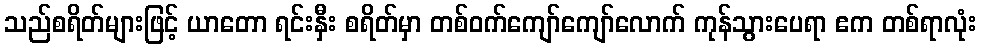
သည်စရိတ်များဖြင့် ယာတော ရင်းနှီး စရိတ်မှာ တစ်ဝက်ကျော်ကျော်လောက် ကုန်သွားပေရာ ဧက တစ်ရာလုံး